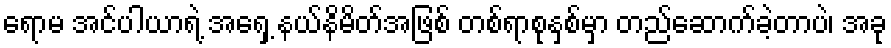
ရောမ အင်ပါယာရဲ့ အရှေ့ နယ်နိမိတ်အဖြစ် တစ်ရာစုနှစ်မှာ တည်ဆောက်ခဲ့တာပဲ၊ အခု